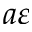
a \varepsilon